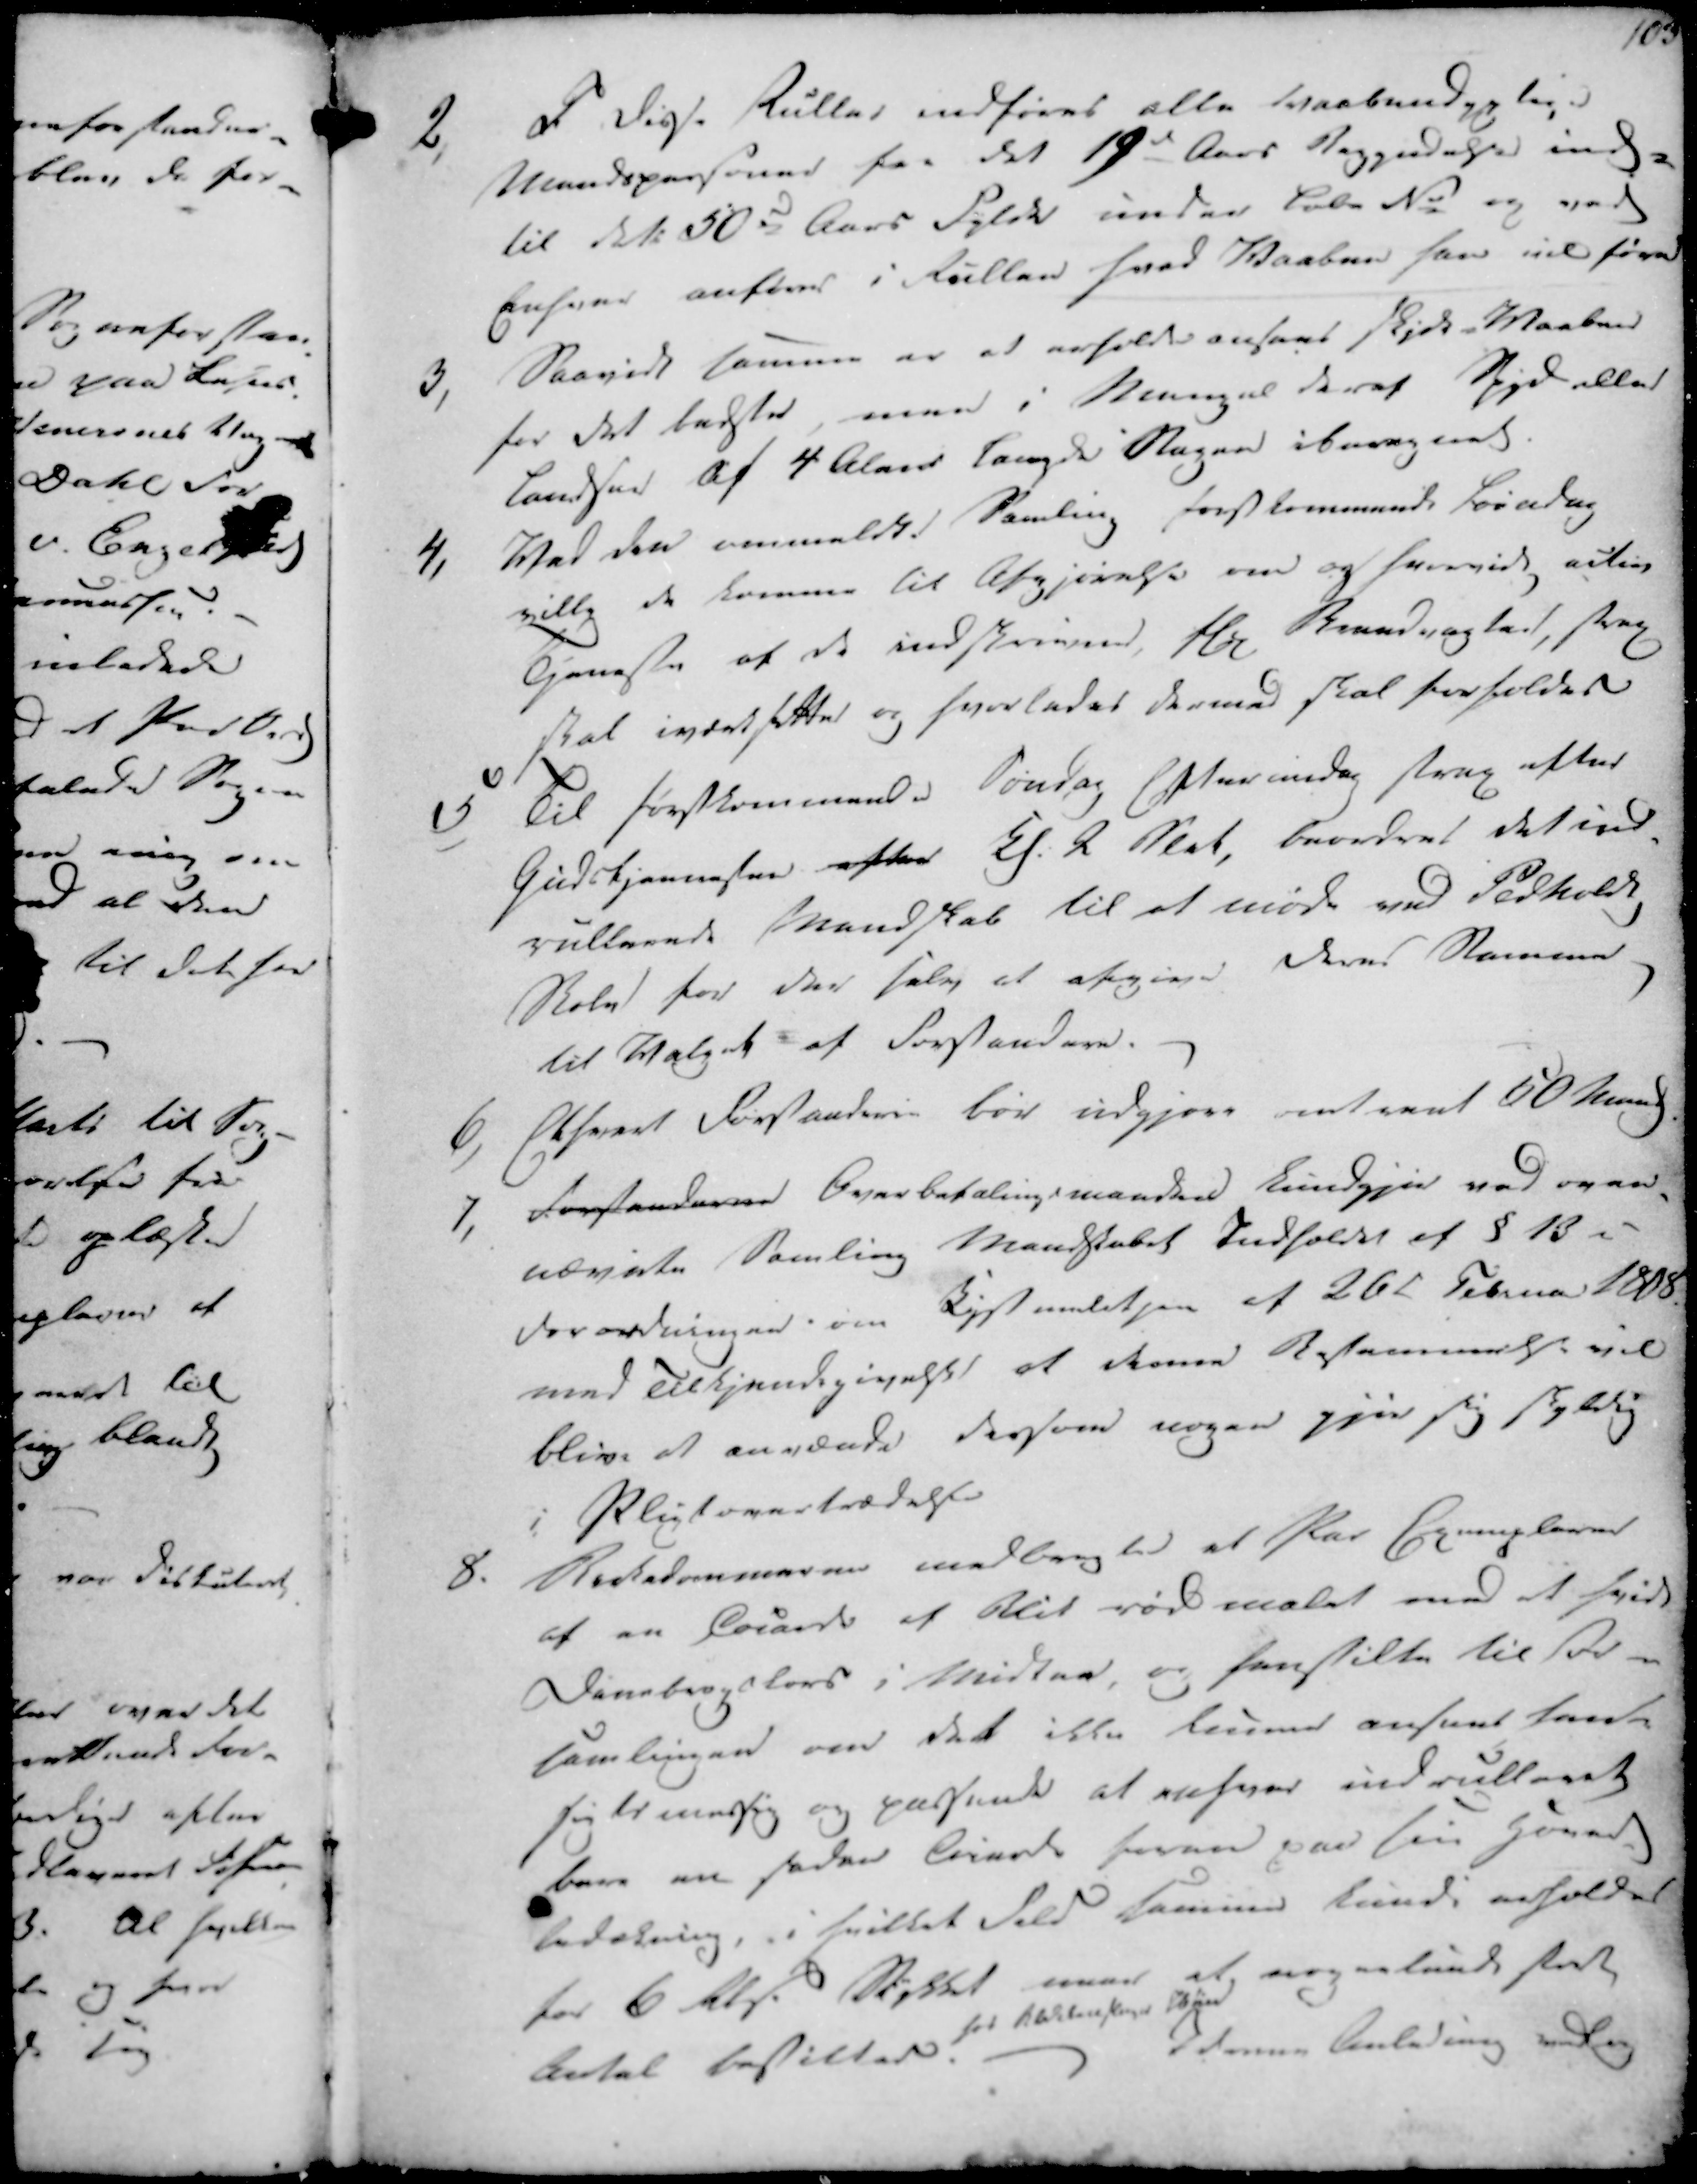
Transskription:
103

2,
I disse Ruller indføres alle vaabendiglige
Mandspersoner fra det 19de Aars Begyndelse ind-
til dets 50de Aars Fylde under løbe No og ved
Ensvar anføres i Rullen hvad Vaaben han vil føre
3,
Saavidt samme er at erholde ansans Skjud-Vaaben
for det bedste, men i Mangel deraf Spyd eller
Landser af 4 Alens længde Stagen iberegnet.
4,
Ved den anmeldte Samling førstkommende Søndag
ville de komme til Afgjørelse om og hvorvidt aulin
Tjeneste af de indskrivene, Hos Brandvagten, strax
skal iværtsette og hvorledes dermed skal forholdes
5,
Til førstkommende Søndag Eftermidag strax efter
Gudstjenesten efter Kl. 2 Slet, beordres det ind-
rulleende Mandskab til at møde ved Pedholdt
Skole for der selv at afgive deres Stemmer
til Valget af Forstandere.

6, Et hvert Forstanderie bør udgjøre omtrent 50 Mand
7, Forstanderne Overbefalingsmanden kundgjør ved oven-
nævnte Samling Mandskabet Indholdet af § 13 i
Forordningen om Bystandetsen af 26 Februa 1808.
med Tilkjendegivelse at denne Bestemmelse vil
blive at anvænde dersom nogen gjør sig skyldig
i Pligtovertrædelse
8.
Birkedommeren medbragte at for Exemplarer
af en Cotarde af Blik rød malet med et hvidt
Danebrogskors i Midten, og henstilte til For-
samlingen om det ikke kunne ansees hend-
sigtsmæssig og passende at enhver indrulleedt
bere en saden Arinde foran paa sin Hoved
bedækning, i hvilket Fald samme kundi erholdes
for 6 Rds. Stykket naar et nogenlunde stedt
Antal bestillede.
for 
I denne Anledning vedtog